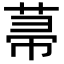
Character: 菷